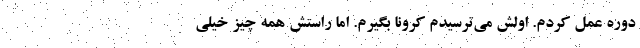
دوره عمل کردم. اولش می‌ترسیدم کرونا بگیرم. اما راستش همه چیز خیلی